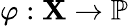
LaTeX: \varphi:\mathbf{X}\rightarrow\mathbb{{P}}